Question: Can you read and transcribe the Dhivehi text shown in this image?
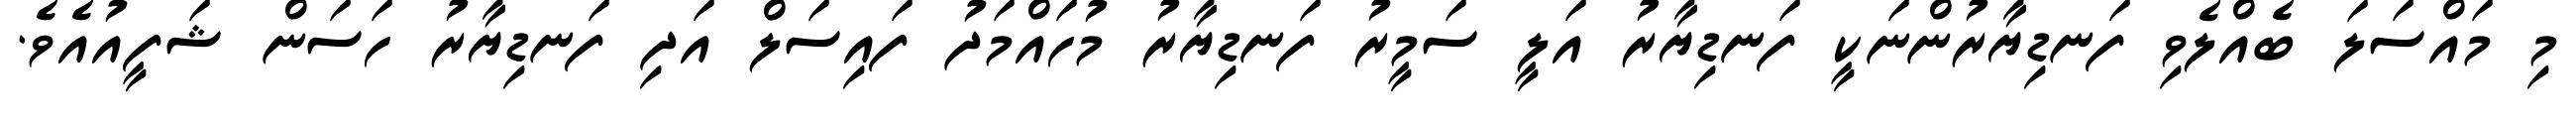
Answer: މި މައްސަލަ ބެއްލެވި ފަނޑިޔާރުންނަކީ ފަނޑިޔާރު އަލީ ސަމީރު ފަނޑިޔާރު މުހައްމަދު ފައިސަލް އަދި ފަނޑިޔާރު ހަސަން ޝަފީއުއެވެ.